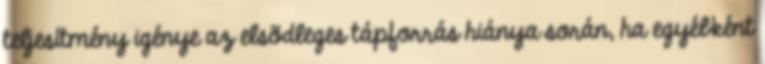
teljesítmény igénye az elsõdleges tápforrás hiánya során, ha egyébként